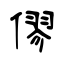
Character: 僇